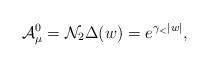
LaTeX: \begin{align*}{\cal A}_{\mu}^0 = {\cal N}_2 \Delta(w) = e^{\gamma_{<} |w|},\end{align*}